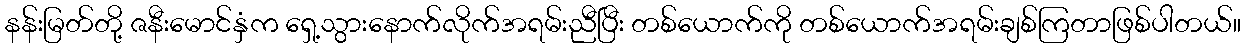
နန်းမြတ်တို့ ဇနီးမောင်နှံက ရှေ့သွားနောက်လိုက်အရမ်းညီပြီး တစ်ယောက်ကို တစ်ယောက်အရမ်းချစ်ကြတာဖြစ်ပါတယ်။